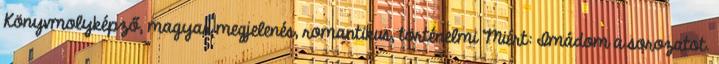
Könyvmolyképző, magyar megjelenés, romantikus, történelmi Miért: Imádom a sorozatot.